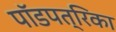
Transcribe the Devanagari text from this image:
पॉडपत्रिका